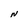
Character: N